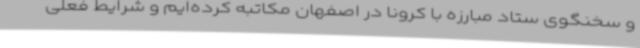
و سخنگوی ستاد مبارزه با کرونا در اصفهان مکاتبه کرده‌ایم و شرایط فعلی